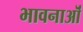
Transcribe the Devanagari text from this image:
भावनाऒं